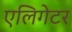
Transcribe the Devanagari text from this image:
एलिगेटर